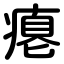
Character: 瘪